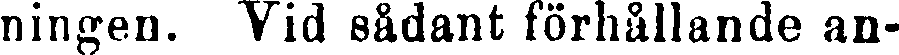
ningen. Vid sådant förhållande an-